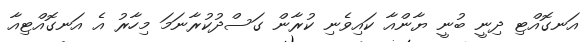
އަނގޮއްޓި ދިނީ ބުނީ ޔާންއާ ކައިވެނި ކުރާން ގަސްދުކުރާނަމަ މިހާރު އެ އަނގޮއްޓިއާ